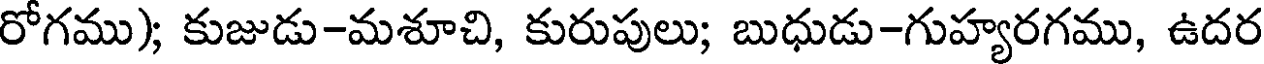
రోగము); కుజుడు-మశూచి, కురుపులు; బుధుడు-గుహ్యరగము, ఉదర